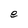
Character: e